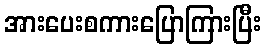
အားပေးစကားပြောကြားပြီး